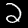
Label: 2